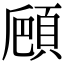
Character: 𩒒